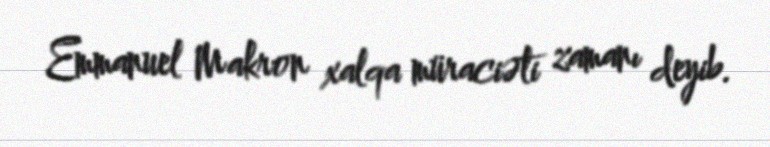
Emmanuel Makron xalqa müraciəti zamanı deyib.